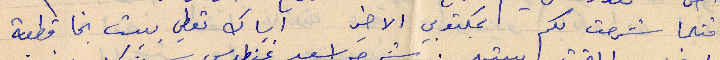
مثلما شرحت لكم بمكتوبي الأخير اياك تعطي ببيت نجا قطعة